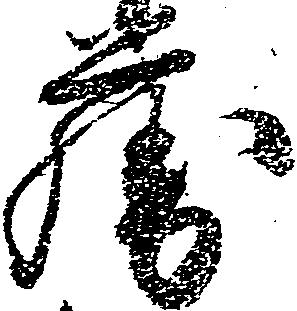
藤